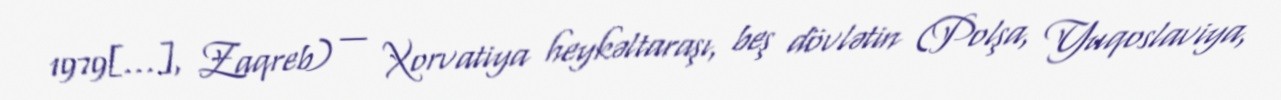
1979[…], Zaqreb) — Xorvatiya heykəltaraşı, beş dövlətin (Polşa, Yuqoslaviya,